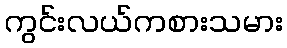
ကွင်းလယ်ကစားသမား